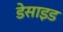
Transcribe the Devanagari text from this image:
डेसाइड